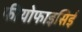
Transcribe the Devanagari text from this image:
फीयोफाइसिई